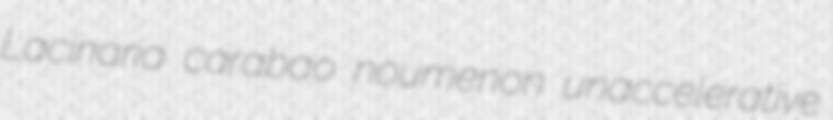
Lacinaria carabao noumenon unaccelerative